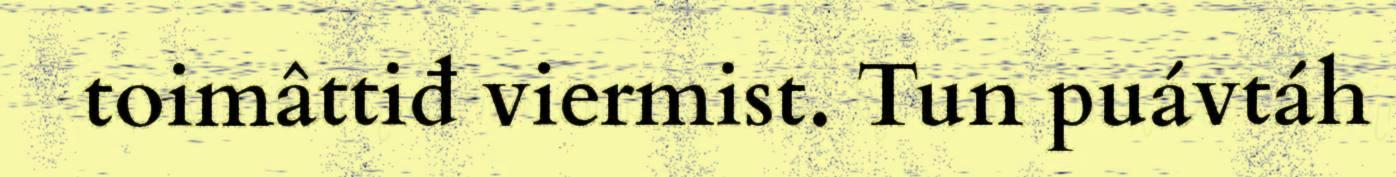
toimâttiđ viermist. Tun puávtáh